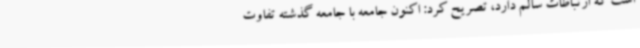
است که ارتباطات سالم دارد، تصریح کرد: اکنون جامعه با جامعه گذشته تفاوت